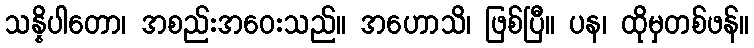
သန္နိပါတော၊ အစည်းအဝေးသည်။ အဟောသိ၊ ဖြစ်ပြီ။ ပန၊ ထိုမှတစ်ဖန်။